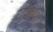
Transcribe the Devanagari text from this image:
गांवीचा